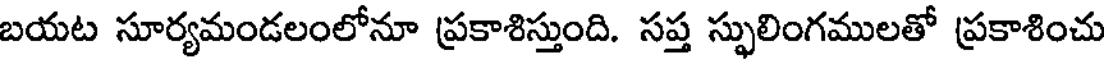
బయట సూర్యమండలంలోనూ ప్రకాశిస్తుంది. సప్త స్ఫులింగములతో ప్రకాశించు